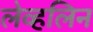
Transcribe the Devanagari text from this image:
लेव्हलिन